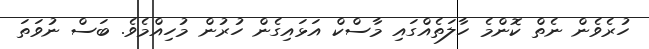
ހުރެވެން ނެތް ކޮންމެ ހާލަތެއްގައި މާސްކް އަޅައިގެން ހުރުން މުހިއްމެވެ. ބަސް ނުވަތަ